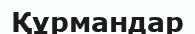
Құрмандар